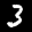
Label: 3